Sanitation, dispensaries and jails vaccination Rajputana 1922-1927 - 1922-1927
Year: 1922
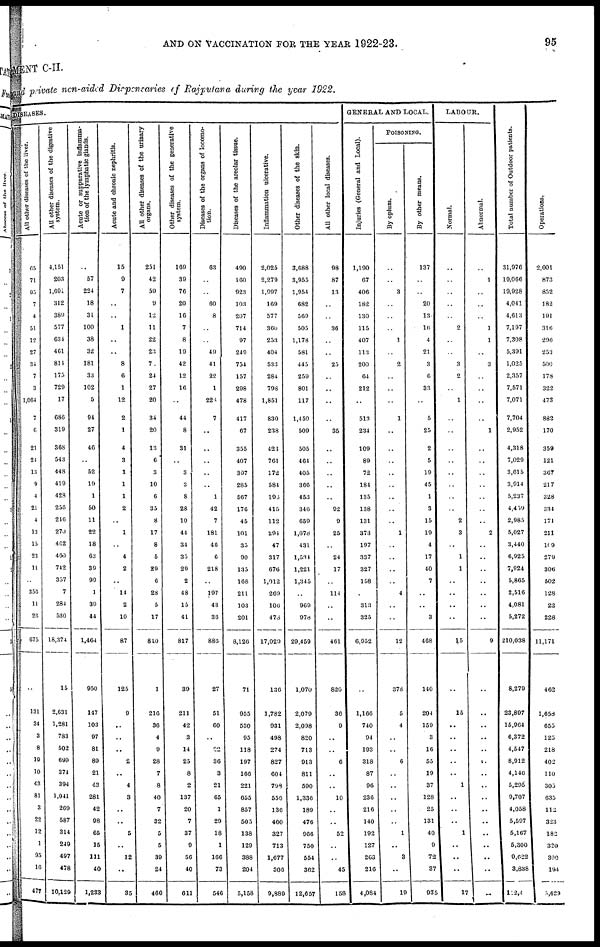
AND ON VACCINATION FOR THE YEAR 1922-23.
95
MENT C-II.
and private non-aided Dispensaries of Rajputana during the year 1922.
DISEASES.
All
other diseases of the liver.
65
71
95
7
4
51
12
27
34
7
3
1,064
7
6
21
24
13
9
4
21
4
13
15
23
11
..
356
11
26
675
..
131
34
3
8
10
10
43
81
3
22
12
1
95
16
477
All other diseases of the digestive
system.
4,151
203
1,091
312
389
577
634
461
814
175
729
17
686
319
368
543
448
419
428
256
216
270
462
460
742
357
7
284
530
18,374
15
2,631
1,281
783
502
699
374
394
1,041
269
587
314
249
497
478
10,129
Acute or suppurative inflamma-
tion of the lymphatic glands.
..
57
224
18
31
100
38
32
181
33
102
5
94
27
46
..
52
19
1
50
11
22
18
63
39
99
1
39
44
1,464
950
147
103
97
81
89
21
43
281
42
98
65
15
111
40
1,233
Acute and chronic nephritis.
15
9
7
..
..
1
..
..
8
6
1
12
2
1
4
3
1
1
1
2
..
1
..
4
2
..
14
2
10
87
125
9
..
..
..
2
..
4
3
..
..
5
..
12
..
35
All other diseases of the urinary
organs.
251
42
59
9
12
11
22
23
7
24
27
20
34
20
13
6
3
10
6
35
8
17
8
5
29
6
28
5
17
810
1
216
36
4
9
28
7
8
40
7
32
5
5
39
24
460
Other diseases of the generative
system.
169
39
76
20
16
7
8
19
42
12
16
..
44
8
31
..
3
3
8
28
10
44
34
35
29
2
48
15
41
817
39
211
42
3
14
25
8
2
137
20
7
37
9
56
40
611
Diseases of the organs of locomo-
tion.
63
..
60
8
..
..
49
41
22
1
228
7
..
..
..
..
..
1
42
7
181
46
6
218
..
197
43
36
886
27
51
60
..
22
36
3
21
65
1
29
18
1
166
73
546
Diseases of the areolar tissue.
490
160
923
103
207
714
97
249
754
157
298
478
417
67
355
407
397
285
567
176
45
101
35
90
135
168
211
103
201
8,126
71
955
530
95
118
197
166
221
655
857
505
138
129
388
204
5,158
Inflammation ulcerative.
2,025
2,279
1,097
169
577
360
253
404
533
284
798
1,851
830
238
423
761
172
584
195
415
112
294
47
317
676
1,012
269
106
473
17,029
136
1,782
931
498
274
827
604
798
556
136
460
327
713
1,677
306
9,889
Other diseases of the skin.
3,688
3,955
1,954
682
569
505
1,178
581
445
259
801
117
1,459
509
505
464
405
366
453
346
659
1,078
431
1,534
1,221
1,345
..
969
978
29,459
1,070
2,079
2,098
820
713
913
811
590
1,336
189
476
966
750
554
362
12,657
All other local diseases.
98
87
13
..
..
36
..
..
25
..
..
..
..
35
..
..
..
..
..
92
9
25
..
24
17
..
114
..
..
461
820
36
9
..
..
6
..
..
10
..
..
52
..
..
45
158
GENERAL AND LOCAL.
Injuries (General and Local).
1,190
67
406
182
130
115
407
113
200
64
212
..
513
234
109
89
72
184
135
138
131
373
197
337
327
158
..
313
325
6,952
..
1,166
740
94
193
318
87
96
236
216
140
192
127
263
216
4,084
POISONING.
By opium.
..
..
3
..
..
..
1
..
2
..
..
..
1
..
..
..
..
..
..
..
..
1
..
..
..
..
4
..
..
12
373
5
4
..
..
6
..
..
..
..
..
1
..
3
..
19
By other means.
137
..
..
20
13
16
4
21
3
6
33
..
5
25
2
5
19
45
1
3
15
19
4
17
40
7
..
..
3
468
140
204
159
3
16
55
19
37
128
25
131
40
9
72
37
935
LABOUR.
Normal.
..
..
..
..
..
2
..
..
3
2
..
1
..
..
..
..
..
..
..
..
2
3
..
1
1
..
..
..
..
15
..
15
..
..
..
..
..
1
..
..
..
1
..
..
..
17
Abnormal.
..
1
..
..
..
1
1
..
3
..
..
..
..
1
..
..
..
..
..
..
..
2
..
..
..
..
..
..
..
9
..
..
..
..
..
..
..
..
..
..
..
..
..
..
..
..
Total number of Outdoor patients.
31,976
19,066
19,928
4,041
4,613
7,197
7,308
5,391
1,025
2,357
7,571
7,071
7,704
2,952
4,318
7,029
3,615
3,914
5,237
4,459
2,985
5,027
3,440
6,925
7,924
5,865
2,516
4,081
5,272
210,038
8,279
23,897
15,964
6,372
4,547
8,912
4,146
5,295
9,707
4,058
5,597
5,167
5,300
9,622
3,838
112,4
Operations.
2,001
873
852
182
191
316
296
253
500
178
322
473
882
170
359
121
367
217
328
334
171
211
109
279
306
502
128
22
228
11,171
462
1,658
655
125
218
402
110
305
635
112
323
182
320
390
194
5,629